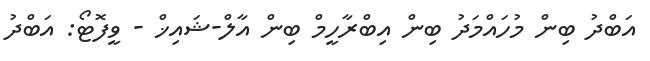
އަބްދު ބިން މުހައްމަދު ބިން އިބްރާހީމް ބިން އާލް-ޝައިޚް - ވީފޮޓޯ: އަބްދު